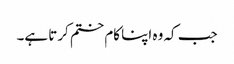
جب کہ وہ اپنا کام ختم کرتا ہے۔